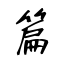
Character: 篇